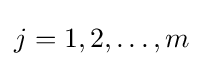
j=1,2,\ldots ,m\